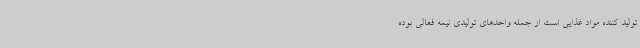
تولید کننده مواد غذایی است از جمله واحدهای تولیدی نیمه فعالی بوده